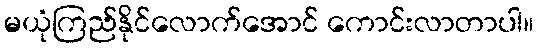
မယုံကြည်နိုင်လောက်အောင် ကောင်းလာတာပါ။